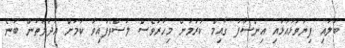
ބަލައި ފިޔަވަޅުއަޅައި އިންސާފު ގާއިމް ކުރުމަށް މިހާރުވެސް ލަސްވެފައިވާ ކަމަށް އަދާލަތުން ބުނެ